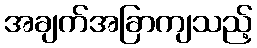
အချက်အခြာကျသည့်